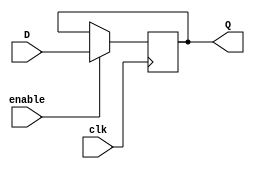
module Gated_D_latch(
  input clk,
  input enable,
  input D,
  output reg Q
);

always @(posedge clk) begin
  if(enable) begin
    Q <= D;
  end
end

endmodule